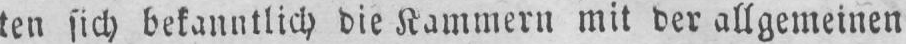
ten sich bekanntlich die Kammern mit der allgemeinen